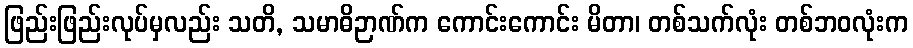
ဖြည်းဖြည်းလုပ်မှလည်း သတိ, သမာဓိဉာဏ်က ကောင်းကောင်း မိတာ၊ တစ်သက်လုံး တစ်ဘဝလုံးက